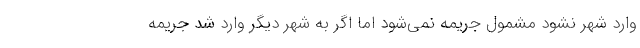
وارد شهر نشود مشمول جریمه نمی‌شود اما اگر به شهر دیگر وارد شد جریمه